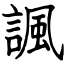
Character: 諷